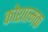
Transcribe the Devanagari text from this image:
कोशात्मक